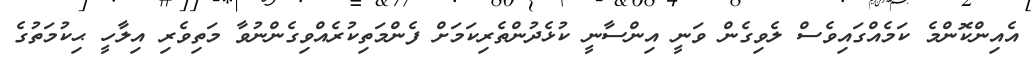
އެއިންކޮންމެ ކަމެއްގައިވެސް ލެވިގެން ވަނީ އިންސާނީ ކުޅެދުންތެރިކަމަށް ފެންމަތިކުރެއްވިގެންނުވާ މަތިވެރި އިލާހީ ޙިކުމަތުގެ